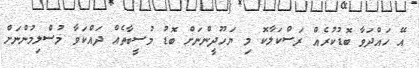
އޭ ހައްދަވާ ބޮޑުކުރެއް ރަސްކަލާކޮ މި ޔަހޫދީންނަށް ބޮޑު މުސީބާތެއް ދައްކަވާ މުސްލިމުންނަށް